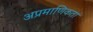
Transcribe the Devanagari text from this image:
अप्रमाणिकता